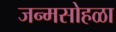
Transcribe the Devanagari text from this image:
जन्मसोहळा